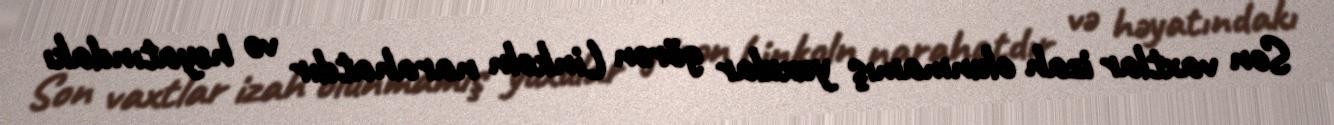
Son vaxtlar izah olunmamış yuxular görən Linkoln narahatdır və həyatındakı